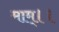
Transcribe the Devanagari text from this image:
माम्।।